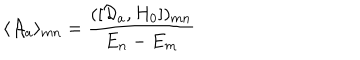
\langle { \cal A } _ { a } \rangle _ { m n } = { \frac { ( [ { \cal D } _ { a } , H _ { 0 } ] ) _ { m n } } { E _ { n } - E _ { m } } }